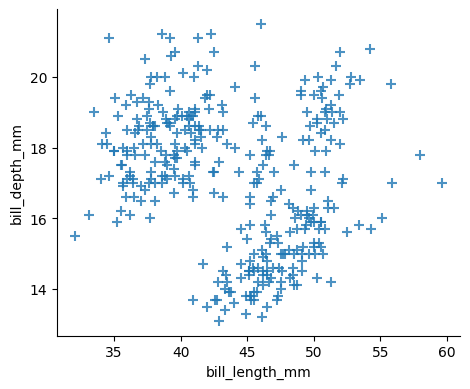
python, seaborn, lmplot, aspect=1.2, order=1, markers='+'